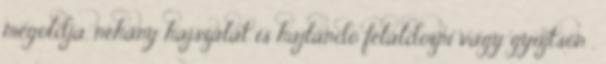
megoldja, néhány hajszálát is hajlandó feláldozni vagy gyűjtsön ,